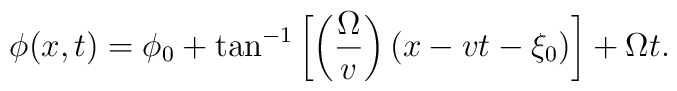
\phi(x,t)=\phi_0+\tan^{-1}\left[\left(\frac{\Omega}{v}\right)(x-vt-\xi_0)\right]+\Omega t.